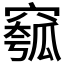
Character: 𥧰